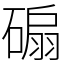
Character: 𥔱